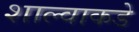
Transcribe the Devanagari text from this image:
शाल्वाकडे